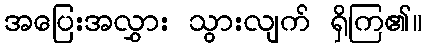
အပြေးအလွှား သွားလျက် ရှိကြ၏။